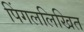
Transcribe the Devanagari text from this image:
पिंगललिखित